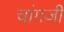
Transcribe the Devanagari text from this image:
चांगजी